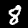
Digit: 8